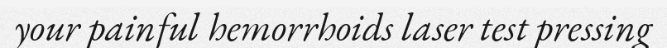
your painful hemorrhoids laser test pressing